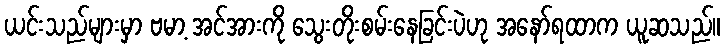
ယင်းသည်များမှာ ဗမာ့ အင်အားကို သွေးတိုးစမ်းနေခြင်းပဲဟု အနော်ရထာက ယူဆသည်။